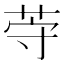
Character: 𱽦